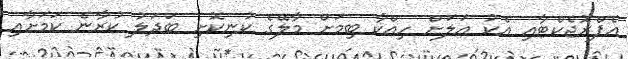
އެޕްރޮޖެކްޓާއި އެކު އަލަށް ހިއްކާ ބިމަށް މާލޭގެ ކުނިކޮށި ބަދަލު ކުރާނެ ކަމަށާއި